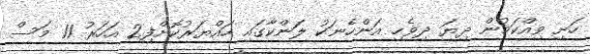
ހަށި ވިއްކަމުން ދިޔަ ދިވެހި އަންހެނަކު ލަންކާގައި ހައްޔަރުކޮށްފި2 އަހަރު 11 މަސް